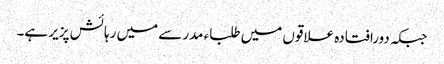
جبکہ دورافتادہ علاقوں میں طلباء مدرسے میں رہائش پزیر ہے۔